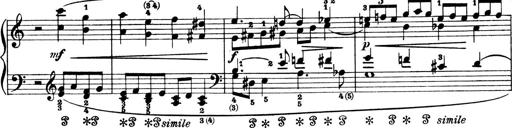
Title: 4 Sonatines
Composer: Max Reger